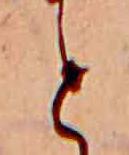
と